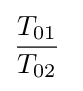
{\frac {T_{01}}{T_{02}}}\